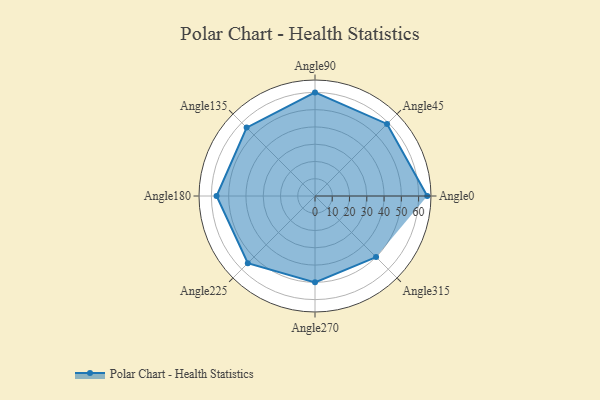
{"axis": {"x": "Angle", "y": "Radius"}, "legend": [""], "data": [{"x": "Angle0", "y": 65.0, "type": ""}, {"x": "Angle45", "y": 59.0, "type": ""}, {"x": "Angle90", "y": 60.0, "type": ""}, {"x": "Angle135", "y": 56.0, "type": ""}, {"x": "Angle180", "y": 57.0, "type": ""}, {"x": "Angle225", "y": 55.0, "type": ""}, {"x": "Angle270", "y": 50, "type": ""}, {"x": "Angle315", "y": 50.0, "type": ""}]}